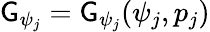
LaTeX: \mathsf{G}_{\psi_{j}}=\mathsf{G}_{\psi_{j}}(\psi_{j},p_{j})